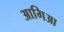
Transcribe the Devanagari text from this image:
आगिआ